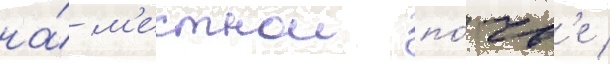
на́ м'естнои по́чв'е /